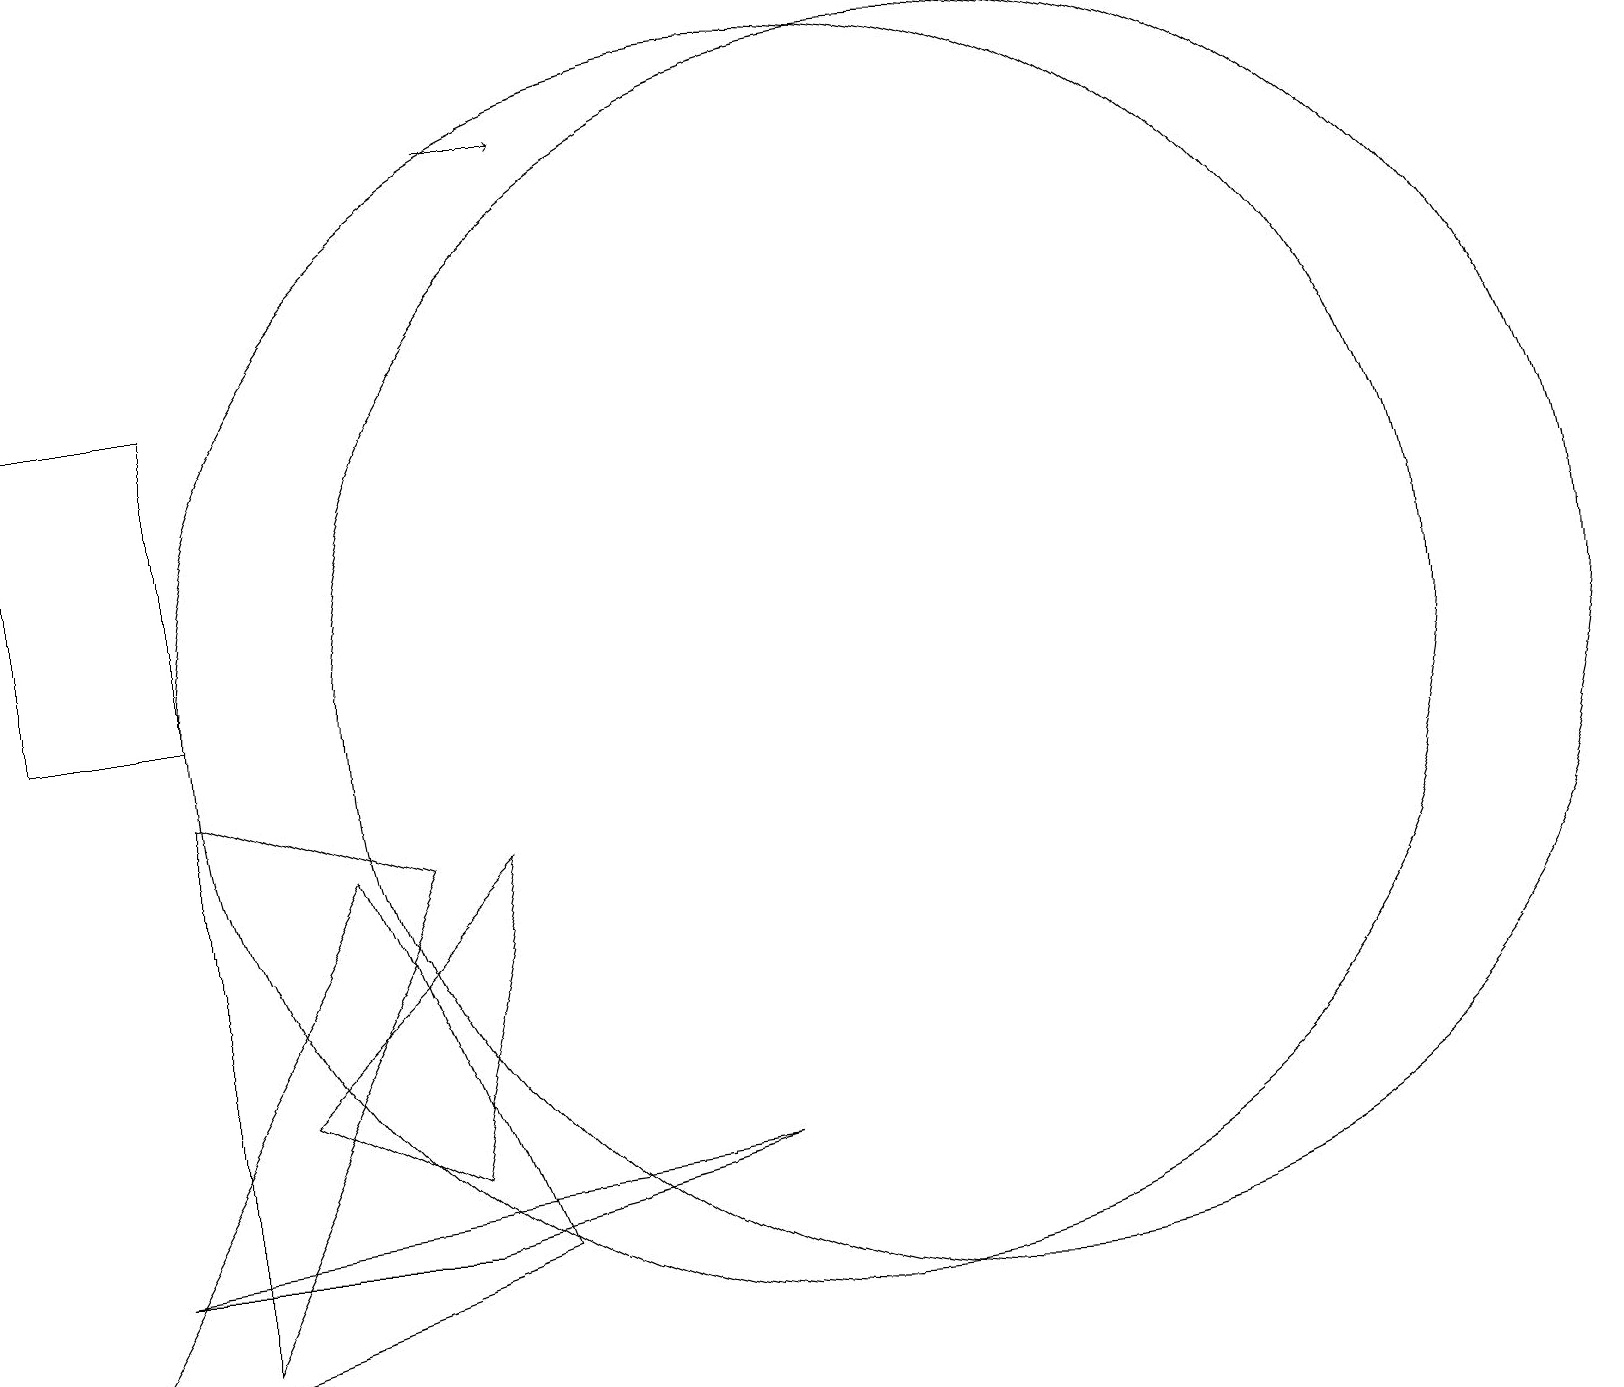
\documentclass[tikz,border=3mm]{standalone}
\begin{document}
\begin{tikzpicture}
\draw (5,8) -- (2,2) -- (2,9) -- cycle;
\draw (10,10) circle (8);
\draw (5,4) -- (6,8) -- (3,5) -- cycle;
\draw (5,3) -- (9,4) -- (1,3) -- cycle;
\draw (2,10) rectangle (0,14);
\draw[->] (6,17) -- (7,17);
\draw (12,10) circle (8);
\draw (0,1) -- (6,3) -- (4,8) -- cycle;
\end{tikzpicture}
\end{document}